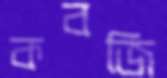
কবজি